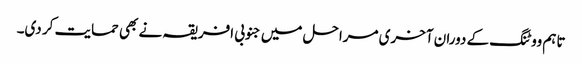
تاہم ووٹنگ کے دوران آخری مراحل میں جنوبی افریقہ نے بھی حمایت کر دی۔